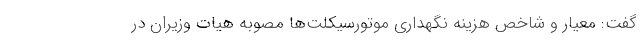
گفت: معیار و شاخص هزینه نگهداری موتورسیکلت‌ها مصوبه هیات وزیران در